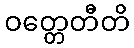
ဝတ္တေတီတိ